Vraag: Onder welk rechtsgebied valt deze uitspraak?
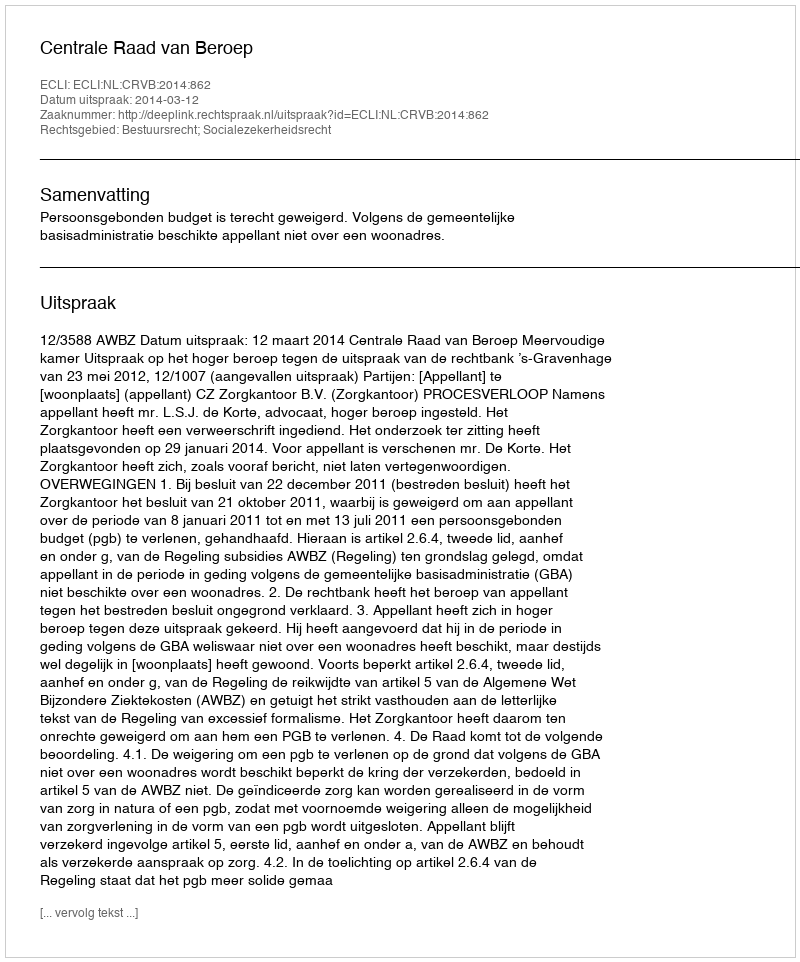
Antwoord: Bestuursrecht; Socialezekerheidsrecht